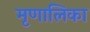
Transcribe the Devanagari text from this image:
मृणालिका